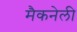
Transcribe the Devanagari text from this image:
मैकनेली